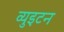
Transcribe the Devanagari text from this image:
व्युइटन